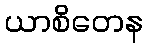
ယာစိတေန